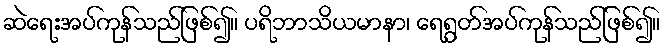
ဆဲရေးအပ်ကုန်သည်ဖြစ်၍။ ပရိဘာသိယမာနာ၊ ရေရွတ်အပ်ကုန်သည်ဖြစ်၍။